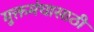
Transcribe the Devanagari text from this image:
मुक्तमंचासाठी